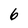
Character: 6